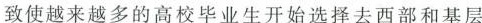
致使越来越多的高校毕业生开始选择去西部和基层